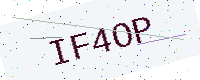
Text: IF4OP